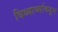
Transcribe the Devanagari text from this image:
विध्यार्थ्याकडून